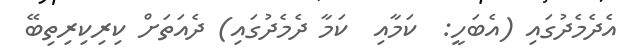
އެދެމެދުގައި (އެބަހީ:  ކަމާއި  ކަމާ ދެމެދުގައި) ދެއަތަށް ކިރިކިރިތިބޭ